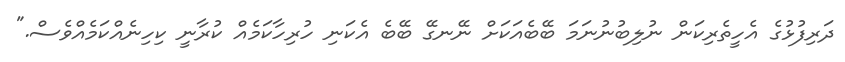
ދަރިފުޅުގެ އެހީތެރިކަން ނުލިބުނުނަމަ ބޭބެއަކަށް ނޭނގޭ ބޭބެ އެކަނި ހުރިހާކަމެއް ކުރާނީ ކިހިނެއްކަމެއްވެސް."